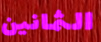
الثمانين